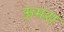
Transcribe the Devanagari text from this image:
ऊभरा